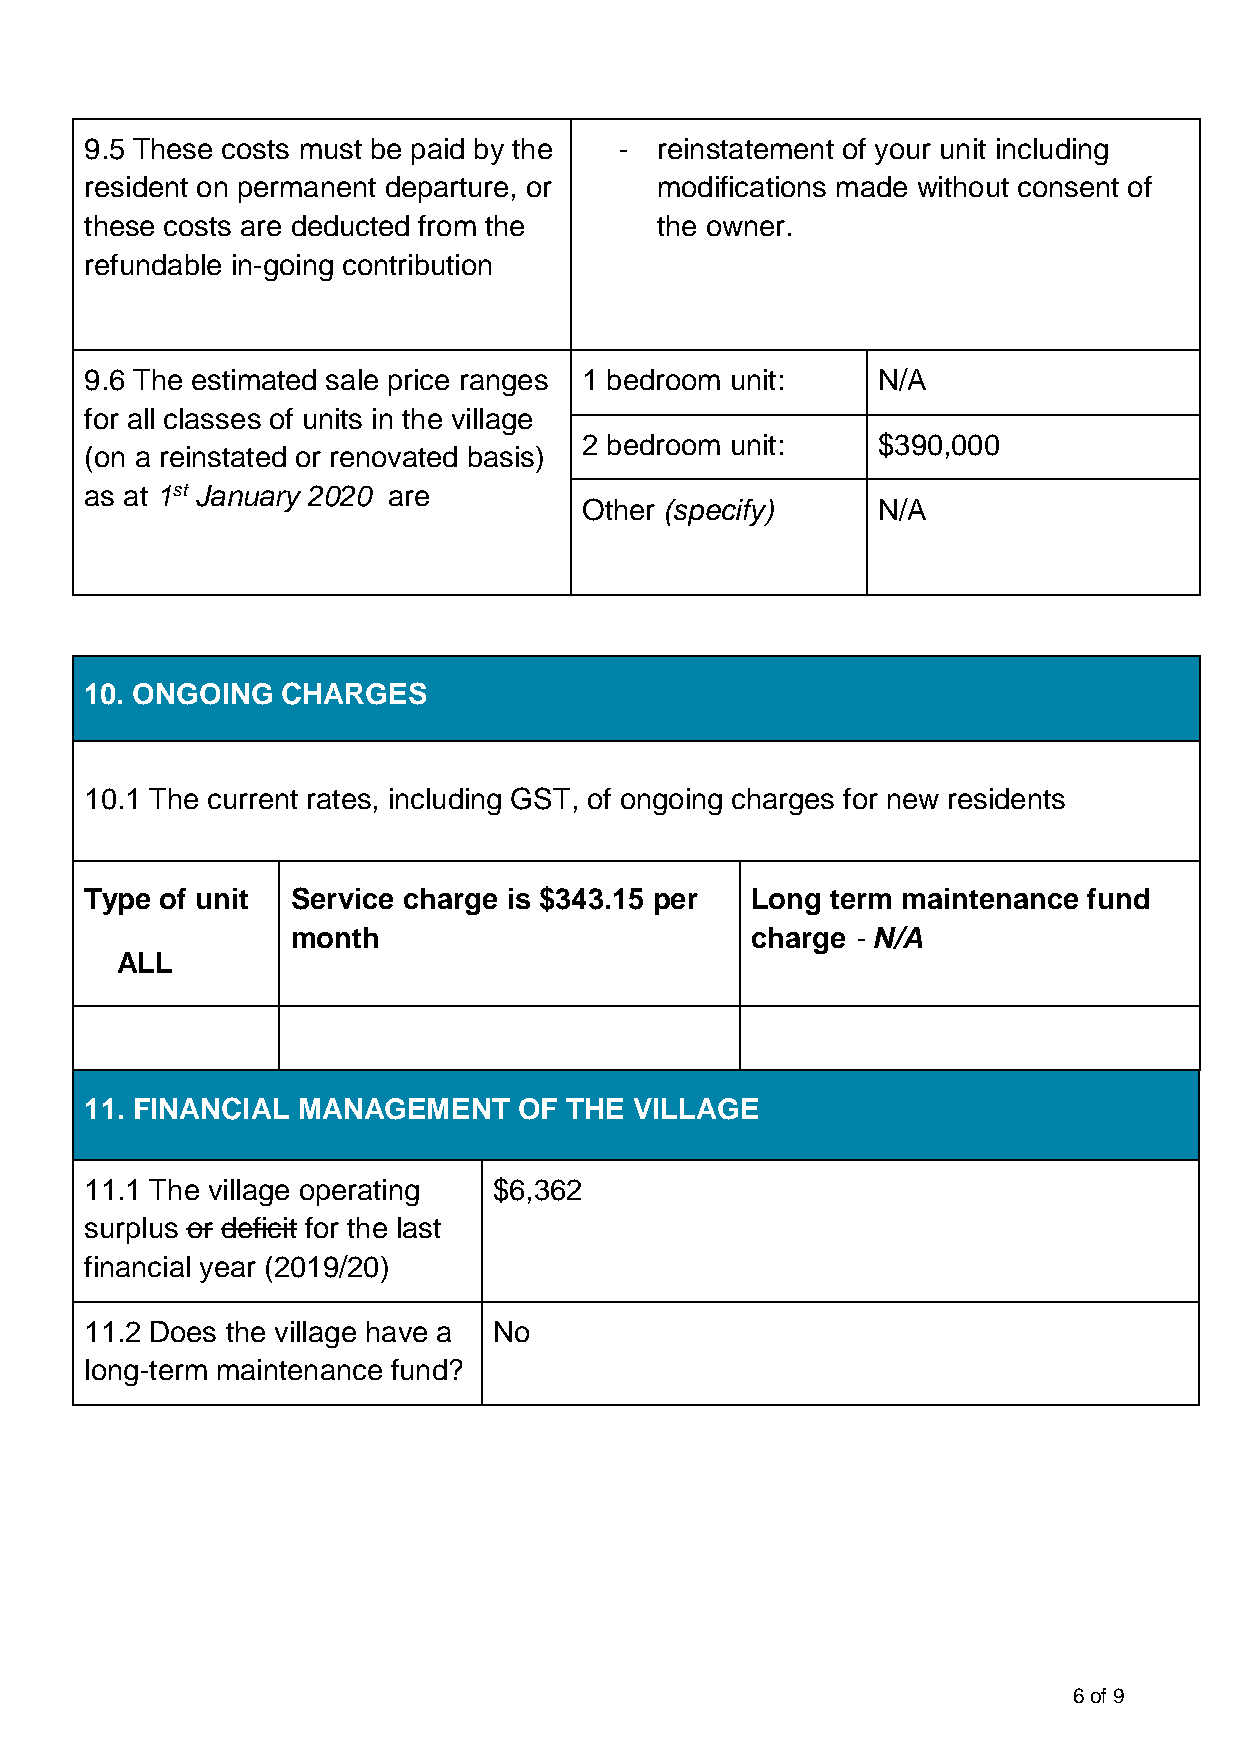
9.5 These costs must be paid by the - reinstatement of your unit including
 resident on permanent departure, or  modifications made without consent of
 these costs are deducted from the    the owner.
 refundable in-going contribution
 9.6 The estimated sale price ranges 1 bedroom unit: N/A
 for all classes of units in the village
 2 bedroom unit:    $390,000
 (on a reinstated or renovated basis)
 as at 1st January 2020 are
 Other (specify)    N/A
 10. ONGOING  CHARGES
 10.1 The current rates, including GST, of ongoing charges for new residents
 Type of unit Service charge is $343.15 per  Long term maintenance fund
 month                          charge - N/A
 ALL
 11. FINANCIAL MANAGEMENT    OF  THE VILLAGE
 11.1 The village operating $6,362
 surplus or deficit for the last
 financial year (2019/20)
 11.2 Does the village have a No
 long-term maintenance fund?
 6 of 9